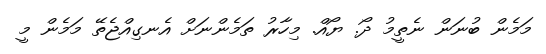
މަމެން ބުނަން ނެތީމު ދޯ. ޔޯއް. މިހާރު ތަމެންނަށް އެނގިއްޖެތޭ މަމެން މީ